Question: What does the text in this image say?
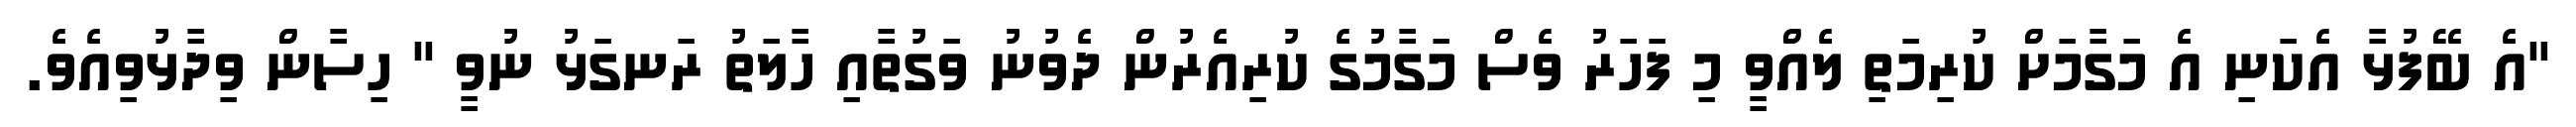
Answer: "އެ ބޭފުޅާ އެކަނި އެ މަގާމަށް ކުރިމަތި ލެއްވީ މި ފަހަރު ވެސް މަގާމުގެ ކުރިއެރުން ދެވުނު ވަގުތާއި ހާލަތު ރަނގަޅު ނުވީ " ހިސާން ވިދާޅުވިއެވެ.